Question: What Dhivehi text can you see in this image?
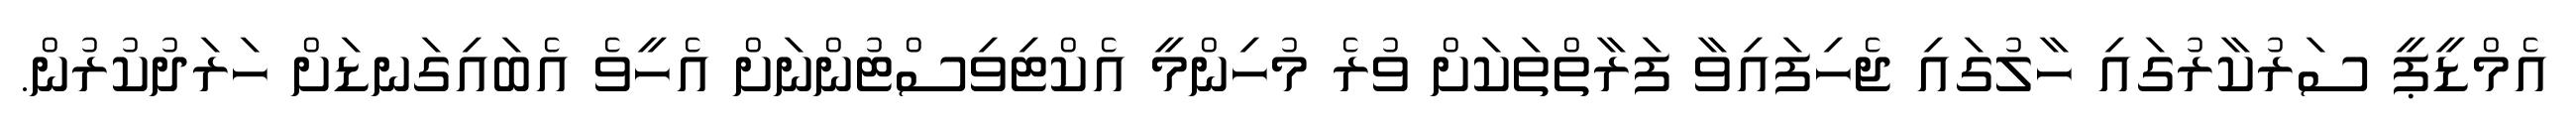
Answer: އެމްޑީޕީ ސަރުކާރުގައި ހާލުގައި ޖެހިފައިވާ ފަރާތްތަކަށް ވުރެ މުހިންމީ އެކްޓިވިސްޓުންނަށް އެހީވެ އެބައިގަނޑަށް ހަރަދުކުރުން.